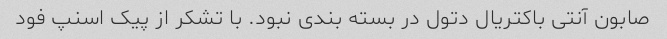
صابون آنتی باکتریال دتول در بسته بندی نبود. با تشکر از پیک اسنپ فود